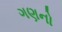
ગણનો